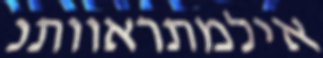
אילמתראוותנ